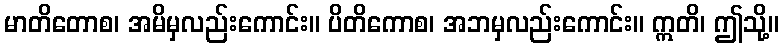
မာတိတောစ၊ အမိမှလည်းကောင်း။ ပိတိကောစ၊ အဘမှလည်းကောင်း။ ဣတိ၊ ဤသို့။